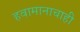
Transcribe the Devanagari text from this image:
हवामानाचाही